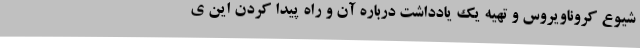
شیوع کروناویروس و تهیه یک یادداشت درباره آن و راه پیدا کردن این ی